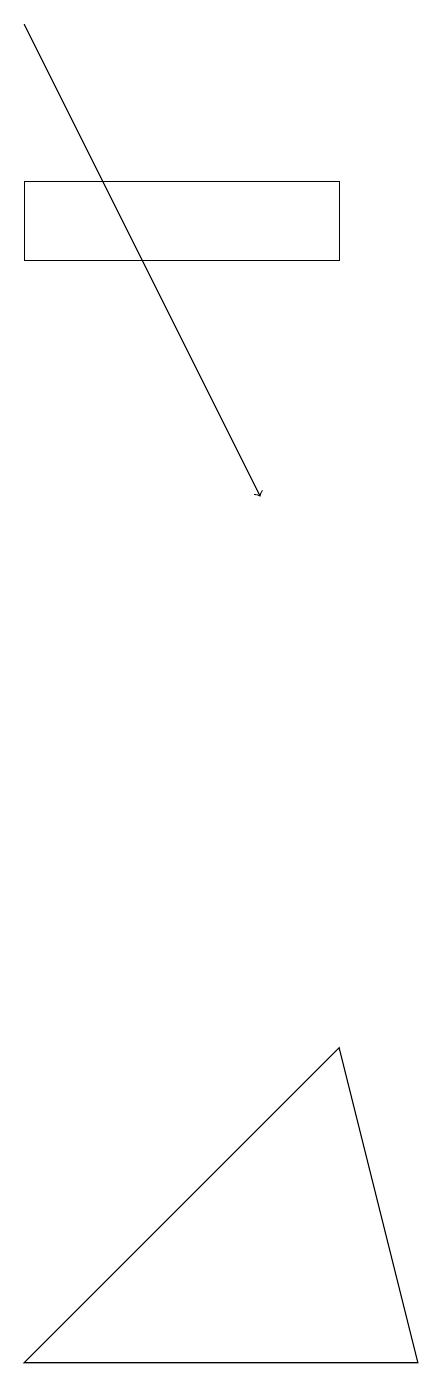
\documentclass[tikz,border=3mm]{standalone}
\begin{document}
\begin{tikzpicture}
\draw (3,0) -- (7,4) -- (8,0) -- cycle;
\draw (7,15) rectangle (3,14);
\draw[->] (3,17) -- (6,11);
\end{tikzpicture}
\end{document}